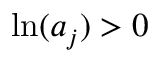
\ln ( a _ { j } ) > 0